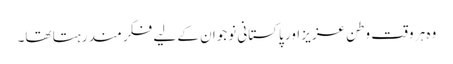
وہ ہر وقت وطن عزیز اور پاکستانی نوجوان کے لیے فکر مند رہتا تھا۔